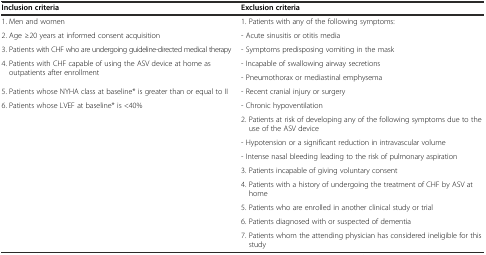
<table><thead><tr><td><b>Inclusion criteria</b></td><td><b>Exclusion criteria</b></td></tr></thead><tbody><tr><td>1. Men and women</td><td>1. Patients with any of the following symptoms:</td></tr><tr><td>2. Age ≥20 years at informed consent acquisition</td><td>- Acute sinusitis or otitis media</td></tr><tr><td>3. Patients with CHF who are undergoing guideline-directed medical therapy</td><td>- Symptoms predisposing vomiting in the mask</td></tr><tr><td rowspan="2">4. Patients with CHF capable of using the ASV device at home as outpatients after enrollment</td><td>- Incapable of swallowing airway secretions</td></tr><tr><td>- Pneumothorax or mediastinal emphysema</td></tr><tr><td>5. Patients whose NYHA class at baseline* is greater than or equal to II</td><td>- Recent cranial injury or surgery</td></tr><tr><td>6. Patients whose LVEF at baseline* is &lt;40%</td><td>- Chronic hypoventilation</td></tr><tr><td></td><td>2. Patients at risk of developing any of the following symptoms due to the use of the ASV device</td></tr><tr><td></td><td>- Hypotension or a significant reduction in intravascular volume</td></tr><tr><td></td><td>- Intense nasal bleeding leading to the risk of pulmonary aspiration</td></tr><tr><td></td><td>3. Patients incapable of giving voluntary consent</td></tr><tr><td></td><td>4. Patients with a history of undergoing the treatment of CHF by ASV at home</td></tr><tr><td></td><td>5. Patients who are enrolled in another clinical study or trial</td></tr><tr><td></td><td>6. Patients diagnosed with or suspected of dementia</td></tr><tr><td></td><td>7. Patients whom the attending physician has considered ineligible for this study</td></tr></tbody></table>